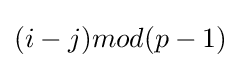
(i-j)mod(p-1)